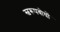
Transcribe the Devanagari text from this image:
स्वरूपबोधों